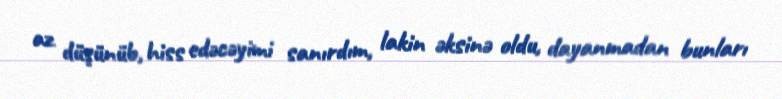
az düşünüb, hiss edəcəyimi sanırdım, lakin əksinə oldu, dayanmadan bunları